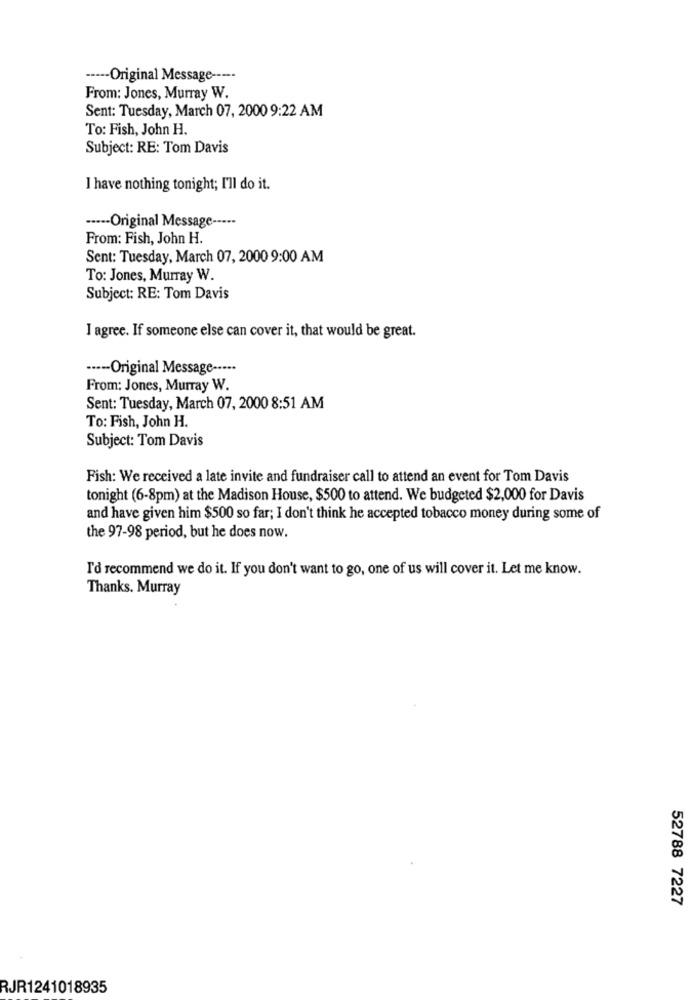
----- Original Message -----
From: Jones, Murray W.
Sent: Tuesday, March 07, 2000 9:22 AM
To: Fish, John H.
Subject: RE: Tom Davis
I have nothing tonight; I'll do it.
----- Original Message -----
From: Fish, John H.
Sent: Tuesday, March 07, 2000 9:00 AM
To: Jones, Murray W.
Subject: RE: Tom Davis
I agree. If someone else can cover it, that would be great.
··--- Original Message -····
From: Jones, Murray W.
Sent: Tuesday, March 07, 2000 8:51 AM
To: Fish, John H.
Subject: Tom Davis
Fish: We received a late invite and fundraiser call to attend an event for Tom Davis
tonight (6-8pm) at the Madison House, $500 to attend. We budgeted $2,000 for Davis
and have given him $500 so far; I don't think he accepted tobacco money during some of
the 97-98 period, but he does now.
I'd recommend we do it. If you don't want to go, one of us will cover it. Let me know.
Thanks. Murray
52788 7227
RJR1241018935